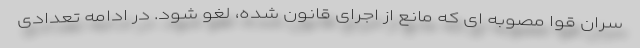
سران قوا مصوبه ای که مانع از اجرای قانون شده، لغو شود. در ادامه تعدادی